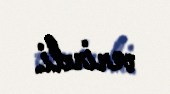
verirdi.